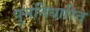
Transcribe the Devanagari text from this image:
पुनर्निधारित